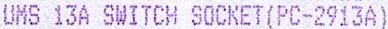
UMS 13A SWITCH SOCKET(PC-2913A)